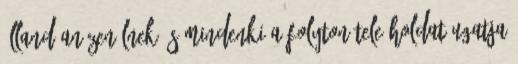
állandóan zenélnek és mindenki a folyton tele Holdat ugatja